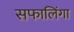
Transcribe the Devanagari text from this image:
सफालिंगा